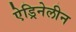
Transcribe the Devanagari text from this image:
ऐड्रिनेलीन